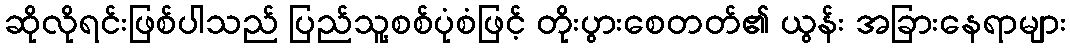
ဆိုလိုရင်းဖြစ်ပါသည် ပြည်သူ့စစ်ပုံစံဖြင့် တိုးပွားစေတတ်၏ ယွန်း အခြားနေရာများ